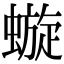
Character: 𧐗